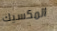
المكسيك